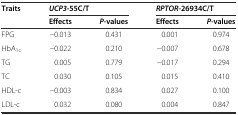
| Traits | <COLSPAN=2> UCP3-55C/T | <COLSPAN=2> RPTOR-26934C/T |
 |  | Effects | P-values | Effects | P-values |
 | --- | --- | --- | --- | --- |
 | FPG | −0.013 | 0.431 | 0.001 | 0.974 |
 | HbA1c | −0.022 | 0.210 | −0.007 | 0.678 |
 | TG | 0.005 | 0.779 | −0.017 | 0.294 |
 | TC | 0.030 | 0.105 | 0.015 | 0.410 |
 | HDL-c | −0.003 | 0.834 | 0.027 | 0.100 |
 | LDL-c | 0.032 | 0.080 | 0.004 | 0.847 |